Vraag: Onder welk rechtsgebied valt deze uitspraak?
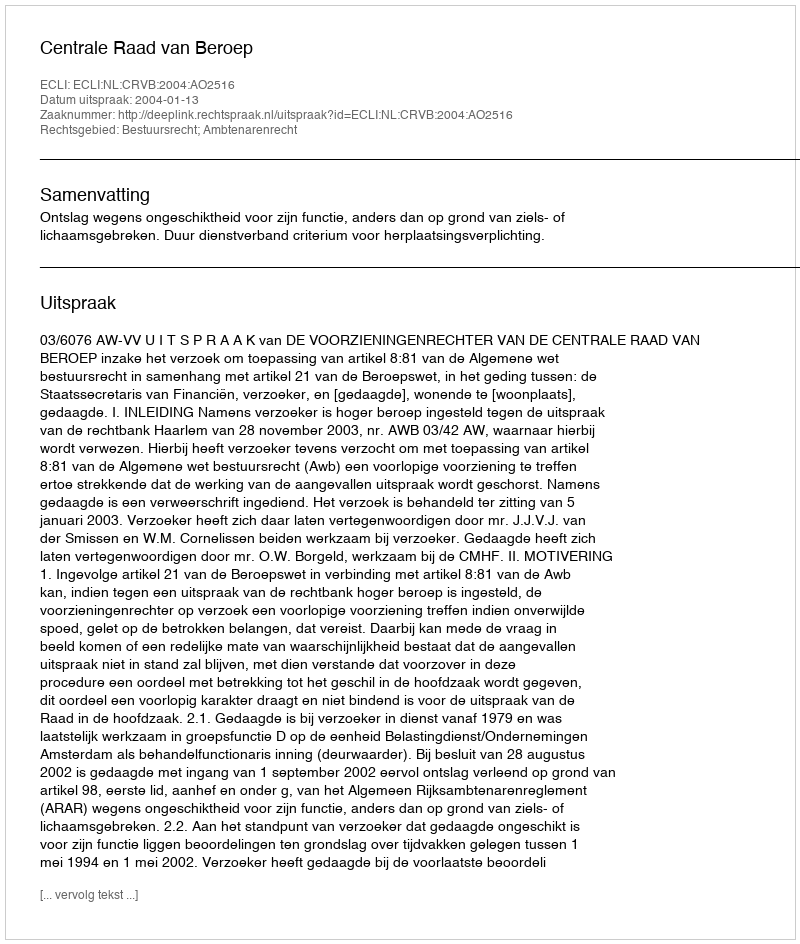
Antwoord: Bestuursrecht; Ambtenarenrecht